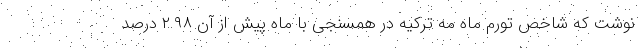
نوشت که شاخص تورم ماه مه ترکیه در همسنجی با ماه پیش از آن ۲.۹۸ درصد